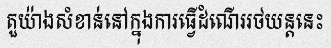
តួយ៉ាងសំខាន់នៅក្នុងការធ្វើដំណើររថយន្តនេះ